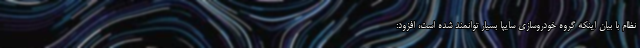
نظام با بیان اینکه گروه خودروسازی سایپا بسیار توانمند شده است، افزود: